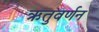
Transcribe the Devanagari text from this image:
ऋतुवर्णन